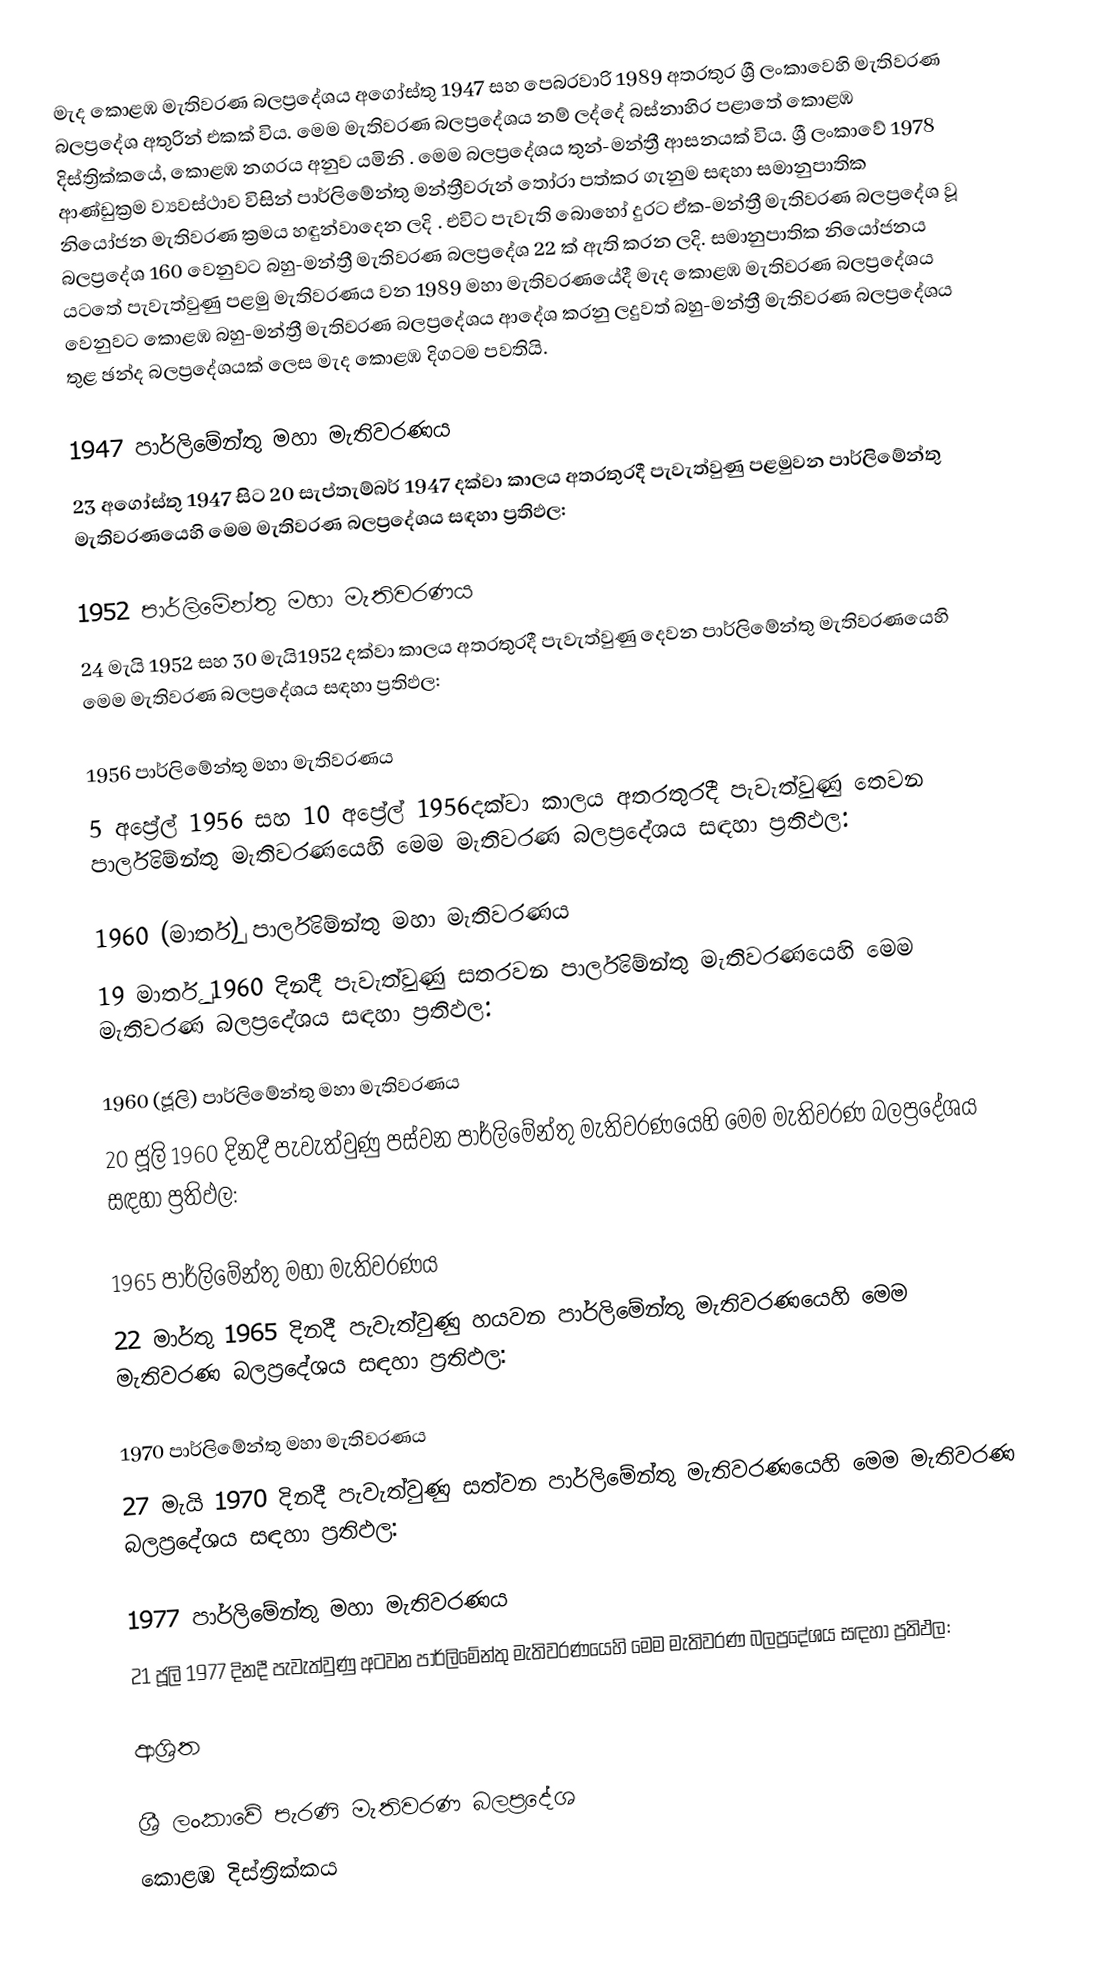
මැද කොළඹ මැතිවරණ බලප්‍රදේශය  අගෝස්තු 1947 සහ පෙබරවාරි 1989 අතරතුර  ශ්‍රී ලංකාවෙහි  මැතිවරණ බලප්‍රදේශ අතුරින් එකක් විය. මෙම මැතිවරණ බලප්‍රදේශය නම් ලද්දේ  බස්නාහිර පළාතේ  කොළඹ දිස්ත්‍රික්කයේ,  කොළඹ නගරය අනුව යමිනි . මෙම බලප්‍රදේශය තුන්-මන්ත්‍රී ආසනයක් විය. ශ්‍රී ලංකාවේ 1978 ආණ්ඩුක්‍රම ව්‍යවස්ථාව විසින්   පාර්ලිමේන්තු මන්ත්‍රීවරුන් තෝරා පත්කර ගැනුම සඳහා සමානුපාතික නියෝජන මැතිවරණ ක්‍රමය හඳුන්වාදෙන ලදි . එවිට පැවැති බොහෝ දුරට  ඒක-මන්ත්‍රී මැතිවරණ බලප්‍රදේශ වූ බලප්‍රදේශ 160 වෙනුවට බහු-මන්ත්‍රී මැතිවරණ බලප්‍රදේශ 22 ක් ඇති කරන ලදි. සමානුපාතික නියෝජනය යටතේ පැවැත්වුණු පළමු මැතිවරණය වන 1989 මහා මැතිවරණයේදී  මැද කොළඹ මැතිවරණ බලප්‍රදේශය වෙනුවට  කොළඹ බහු-මන්ත්‍රී මැතිවරණ බලප්‍රදේශය  ආදේශ කරනු ලදුවත් බහු-මන්ත්‍රී මැතිවරණ බලප්‍රදේශය තුළ ඡන්ද බලප්‍රදේශයක් ලෙස මැද කොළඹ දිගටම පවතියි.

1947 පාර්ලිමේන්තු මහා මැතිවරණය
23 අගෝස්තු 1947 සිට 20 සැප්තැම්බර් 1947 දක්වා කාලය අතරතුරදී පැවැත්වුණු  පළමුවන පාර්ලිමේන්තු මැතිවරණයෙහි මෙම මැතිවරණ බලප්‍රදේශය සඳහා ප්‍රතිඵල:

1952 පාර්ලිමේන්තු මහා මැතිවරණය
24 මැයි 1952 සහ 30 මැයි1952 දක්වා කාලය අතරතුරදී පැවැත්වුණු  දෙවන පාර්ලිමේන්තු මැතිවරණයෙහි මෙම මැතිවරණ බලප්‍රදේශය සඳහා ප්‍රතිඵල:

1956 පාර්ලිමේන්තු මහා මැතිවරණය
5 අප්‍රේල් 1956 සහ 10 අප්‍රේල් 1956දක්වා කාලය අතරතුරදී පැවැත්වුණු  තෙවන පාර්ලිමේන්තු මැතිවරණයෙහි මෙම මැතිවරණ බලප්‍රදේශය සඳහා ප්‍රතිඵල:

1960 (මාර්තු) පාර්ලිමේන්තු මහා මැතිවරණය
19 මාර්තු 1960 දිනදී පැවැත්වුණු  සතරවන පාර්ලිමේන්තු මැතිවරණයෙහි මෙම මැතිවරණ බලප්‍රදේශය සඳහා ප්‍රතිඵල:

1960 (ජූලි) පාර්ලිමේන්තු මහා මැතිවරණය
20 ජූලි 1960 දිනදී පැවැත්වුණු  පස්වන පාර්ලිමේන්තු මැතිවරණයෙහි මෙම මැතිවරණ බලප්‍රදේශය සඳහා ප්‍රතිඵල:

1965 පාර්ලිමේන්තු මහා මැතිවරණය
22 මාර්තු 1965  දිනදී පැවැත්වුණු  හයවන පාර්ලිමේන්තු මැතිවරණයෙහි මෙම මැතිවරණ බලප්‍රදේශය සඳහා ප්‍රතිඵල:

1970 පාර්ලිමේන්තු මහා මැතිවරණය
27 මැයි 1970 දිනදී පැවැත්වුණු  සත්වන පාර්ලිමේන්තු මැතිවරණයෙහි මෙම මැතිවරණ බලප්‍රදේශය සඳහා ප්‍රතිඵල:

1977 පාර්ලිමේන්තු මහා මැතිවරණය
21 ජූලි 1977 දිනදී පැවැත්වුණු  අටවන පාර්ලිමේන්තු මැතිවරණයෙහි මෙම මැතිවරණ බලප්‍රදේශය සඳහා ප්‍රතිඵල:

ආශ්‍රිත

ශ්‍රී ලංකාවේ පැරණි මැතිවරණ බලප්‍රදේශ
 කොළඹ දිස්ත්‍රික්කය